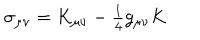
\sigma _ { \mu \nu } = K _ { \mu \nu } - { \textstyle \frac { 1 } { 4 } } g _ { \mu \nu } K